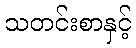
သတင်းစာနှင့်